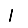
Digit: 1